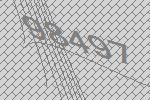
98497